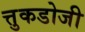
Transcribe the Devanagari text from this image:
त्तुकडोजी